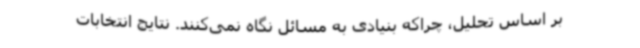
بر اساس تحلیل، چراکه بنیادی به مسائل نگاه نمی‌کنند. نتایج انتخابات